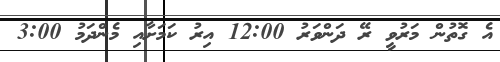
އެ ގޮތުން މަރުވީ ރޭ ދަންވަރު 12:00 އިރު ކަމަށާއި މެންދަމު 3:00